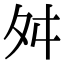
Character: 舛